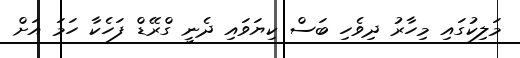
މަލިކުގައި މިހާރު ދިވެހި ބަސް ކިޔަވައި ދެނީ ގްރޭޑް ފަހެކާ ހަމަ އަށް